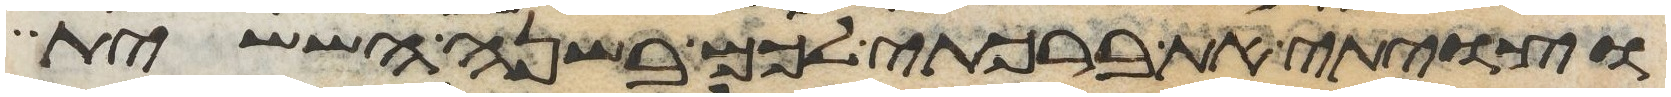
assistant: וצויתי את ברכתי לכם בשנה הששית